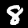
Label: 8